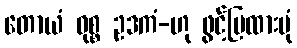
တောယံ ဝုစ္စ ဥဒကံ-ဟု ဖွင့်ပြထားပုံ